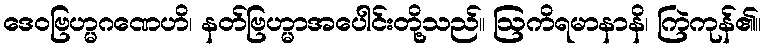
ဒေဝဗြဟ္မဂဏေဟိ၊ နတ်ဗြဟ္မာအပေါင်းတို့သည်။ ဩကိရမာနာနိ၊ ကြဲကုန်၏။